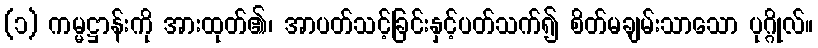
(၁) ကမ္မဋ္ဌာန်းကို အားထုတ်၏၊ အာပတ်သင့်ခြင်းနှင့်ပတ်သက်၍ စိတ်မချမ်းသာသော ပုဂ္ဂိုလ်။